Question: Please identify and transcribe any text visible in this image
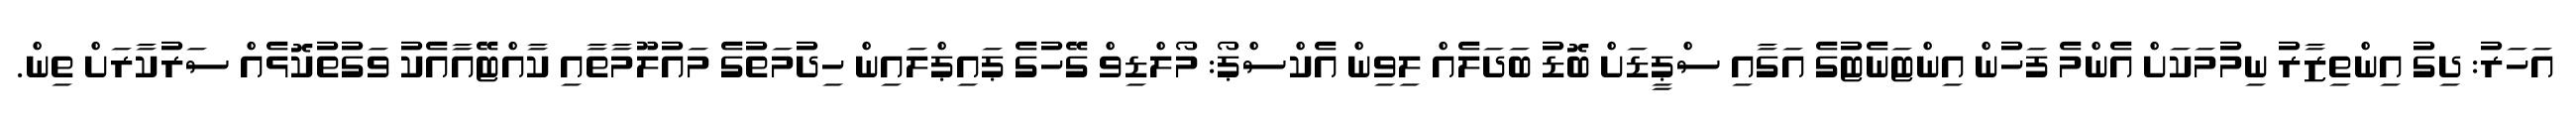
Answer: އަހަރު: ދިގު އިންތިޒާރު ނިމުމަކަށް އެންމެ ފަހުން އިންޓަނެޓުގެ އަގާއި ސްޕީޑަށް ބޮޑު ބަދަލެއް ލިވިން އެކްސްޕޯ: މޯލްޑިވް ގޭހުގެ ޕައިޕްލައިން ހިދުމަތުގެ މައުލޫމާތާއި ކާއްޓޭއާއެކު ވަގުތުކޮޅެއް ސަރުކާރަށް ތިން.